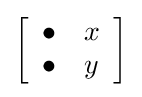
\left[{\begin{array}{*{20}{c}}\bullet &x\\\bullet &y\end{array}}\right]